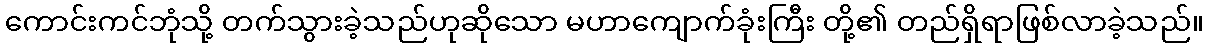
ကောင်းကင်ဘုံသို့ တက်သွားခဲ့သည်ဟုဆိုသော မဟာကျောက်ခုံးကြီး တို့၏ တည်ရှိရာဖြစ်လာခဲ့သည်။